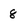
Character: 8